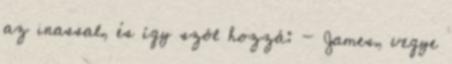
az inassal, és így szól hozzá: - James, vegye